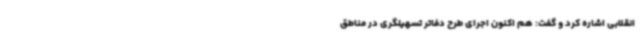
انقلابی اشاره کرد و گفت: هم اکنون اجرای طرح دفاتر تسهیلگری در مناطق